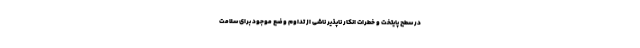
در سطح پایتخت و خطرات انکار ناپذیر ناشی از تداوم وضع موجود برای سلامت